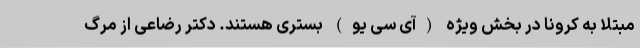
مبتلا به کرونا در بخش ویژه (آی سی یو) بستری هستند. دکتر رضاعی از مرگ